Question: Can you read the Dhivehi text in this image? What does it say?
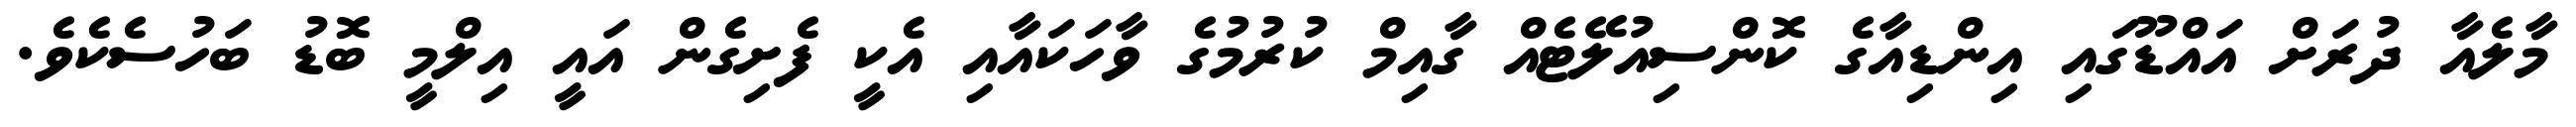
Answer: މާލެއާ ދުރަށް އައްޑޫގައި އިންޑިއާގެ ކޮންސިއުލޭޓެއް ގާއިމް ކުރުމުގެ ވާހަކައާއި އެކީ ފެށިގެން އައީ އިލްމީ ބޮޑު ބަހުސެކެވެ.